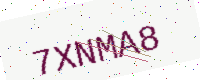
Text: 7XNMA8